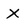
Character: x